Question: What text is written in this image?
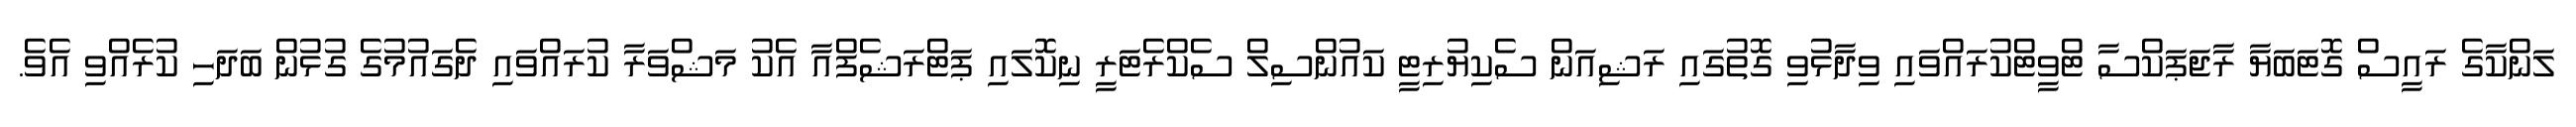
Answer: ލަންކާގެ ރައީސް ގޮޓަބަޔާ ރާޖަޕަކްސާ ޓްވީޓްކުރައްވައި ވިދާޅުވި ގޮތުގައި ރަޝިއަން ސެކިޔުރިޓީ ކައުންސިލް ސެކްރެޓަރީ ނިކޮލައި ޕަޓްރަޝެފްއާ އެކު މަޝްވަރާ ކުރައްވައި ދެގައުމުގެ ގުޅުން ބަދަހި ކުރެއްވި އެވެ.